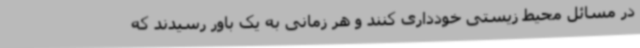
در مسائل محیط زیستی خودداری کنند و هر زمانی به یک باور رسیدند که